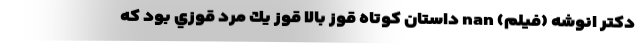
دکتر انوشه (فیلم) nan داستان کوتاه قوز بالا قوز يك مرد قوزي بود كه